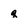
Character: q